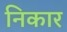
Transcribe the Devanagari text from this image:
निकार